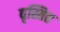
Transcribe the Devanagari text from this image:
वृस्तित